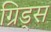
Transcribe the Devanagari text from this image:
ग्रिड्स